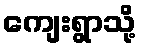
ကျေးရွာသို့